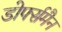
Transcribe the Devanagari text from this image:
डोर्फ्समैन